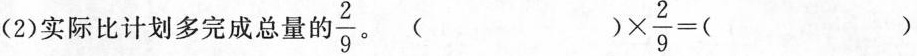
(2)实际比计划多完成总量的\frac{2}{9}。$$( ) \times \frac { 2 } { 9 } = ( )$$